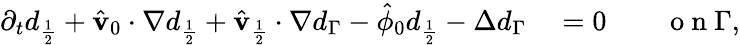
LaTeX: \begin{array}{rl}{\partial_{t}d_{\frac{1}{2}}+\hat{\mathbf{v}}_{0}\cdot\nabla d_{\frac{1}{2}}+\hat{\mathbf{v}}_{\frac{1}{2}}\cdot\nabla d_{\Gamma}-\hat{\phi}_{0}d_{\frac{1}{2}}-\Delta d_{\Gamma}}&{{}=0\qquad\mathrm{~o~n~}\Gamma,}\end{array}